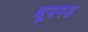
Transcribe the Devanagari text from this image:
धूपगड